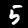
Digit: 5